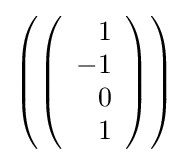
\left(\left({\begin{array}{r}1\\-1\\0\\1\end{array}}\right)\right)